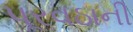
પૂરવઠાની